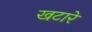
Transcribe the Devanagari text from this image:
खटारे